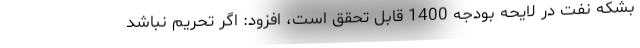
بشکه نفت در لایحه بودجه 1400 قابل تحقق است، افزود: اگر تحریم نباشد